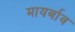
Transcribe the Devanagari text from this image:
मायर्बाव